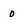
Character: 0